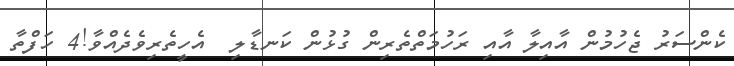
ކެންސަރު ޖެހުމުން އާއިލާ އާއި ރަހުމަތްތެރިން ގުޅުން ކަނޑާލި  އެހީތެރިވެދެއްވާ!4 ހަފްތާ